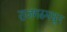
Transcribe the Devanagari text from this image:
राजगढमधून